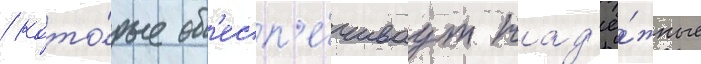
/ кото́рые об'есп'е́чиваут над'ё́жные